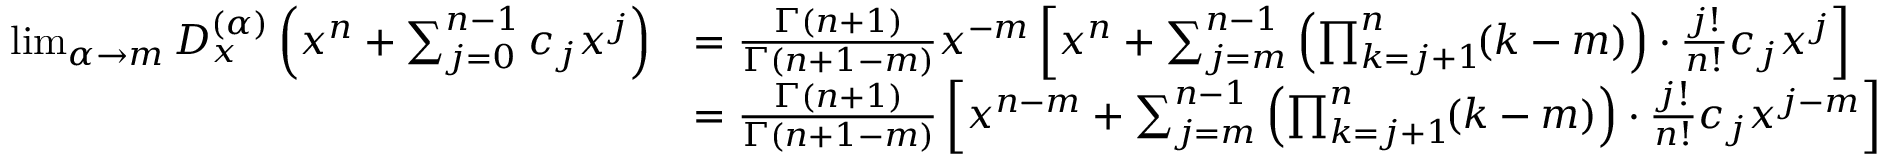
\begin{array} { r l } { \operatorname* { l i m } _ { \alpha \to m } D _ { x } ^ { ( \alpha ) } \left( x ^ { n } + \sum _ { j = 0 } ^ { n - 1 } c _ { j } x ^ { j } \right) } & { = \frac { \Gamma ( n + 1 ) } { \Gamma ( n + 1 - m ) } x ^ { - m } \left[ x ^ { n } + \sum _ { j = m } ^ { n - 1 } \left( \prod _ { k = j + 1 } ^ { n } \! ( k - m ) \right) \cdot \frac { j ! } { n ! } c _ { j } x ^ { j } \right] } \\ & { = \frac { \Gamma ( n + 1 ) } { \Gamma ( n + 1 - m ) } \left[ x ^ { n - m } + \sum _ { j = m } ^ { n - 1 } \left( \prod _ { k = j + 1 } ^ { n } \! ( k - m ) \right) \cdot \frac { j ! } { n ! } c _ { j } x ^ { j - m } \right] } \end{array}